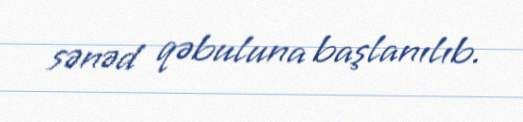
sənəd qəbuluna başlanılıb.